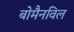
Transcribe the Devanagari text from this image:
बोमैनविल